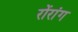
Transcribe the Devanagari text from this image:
रोंरांग